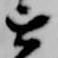
を